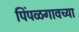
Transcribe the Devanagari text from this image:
पिंपळगावच्या